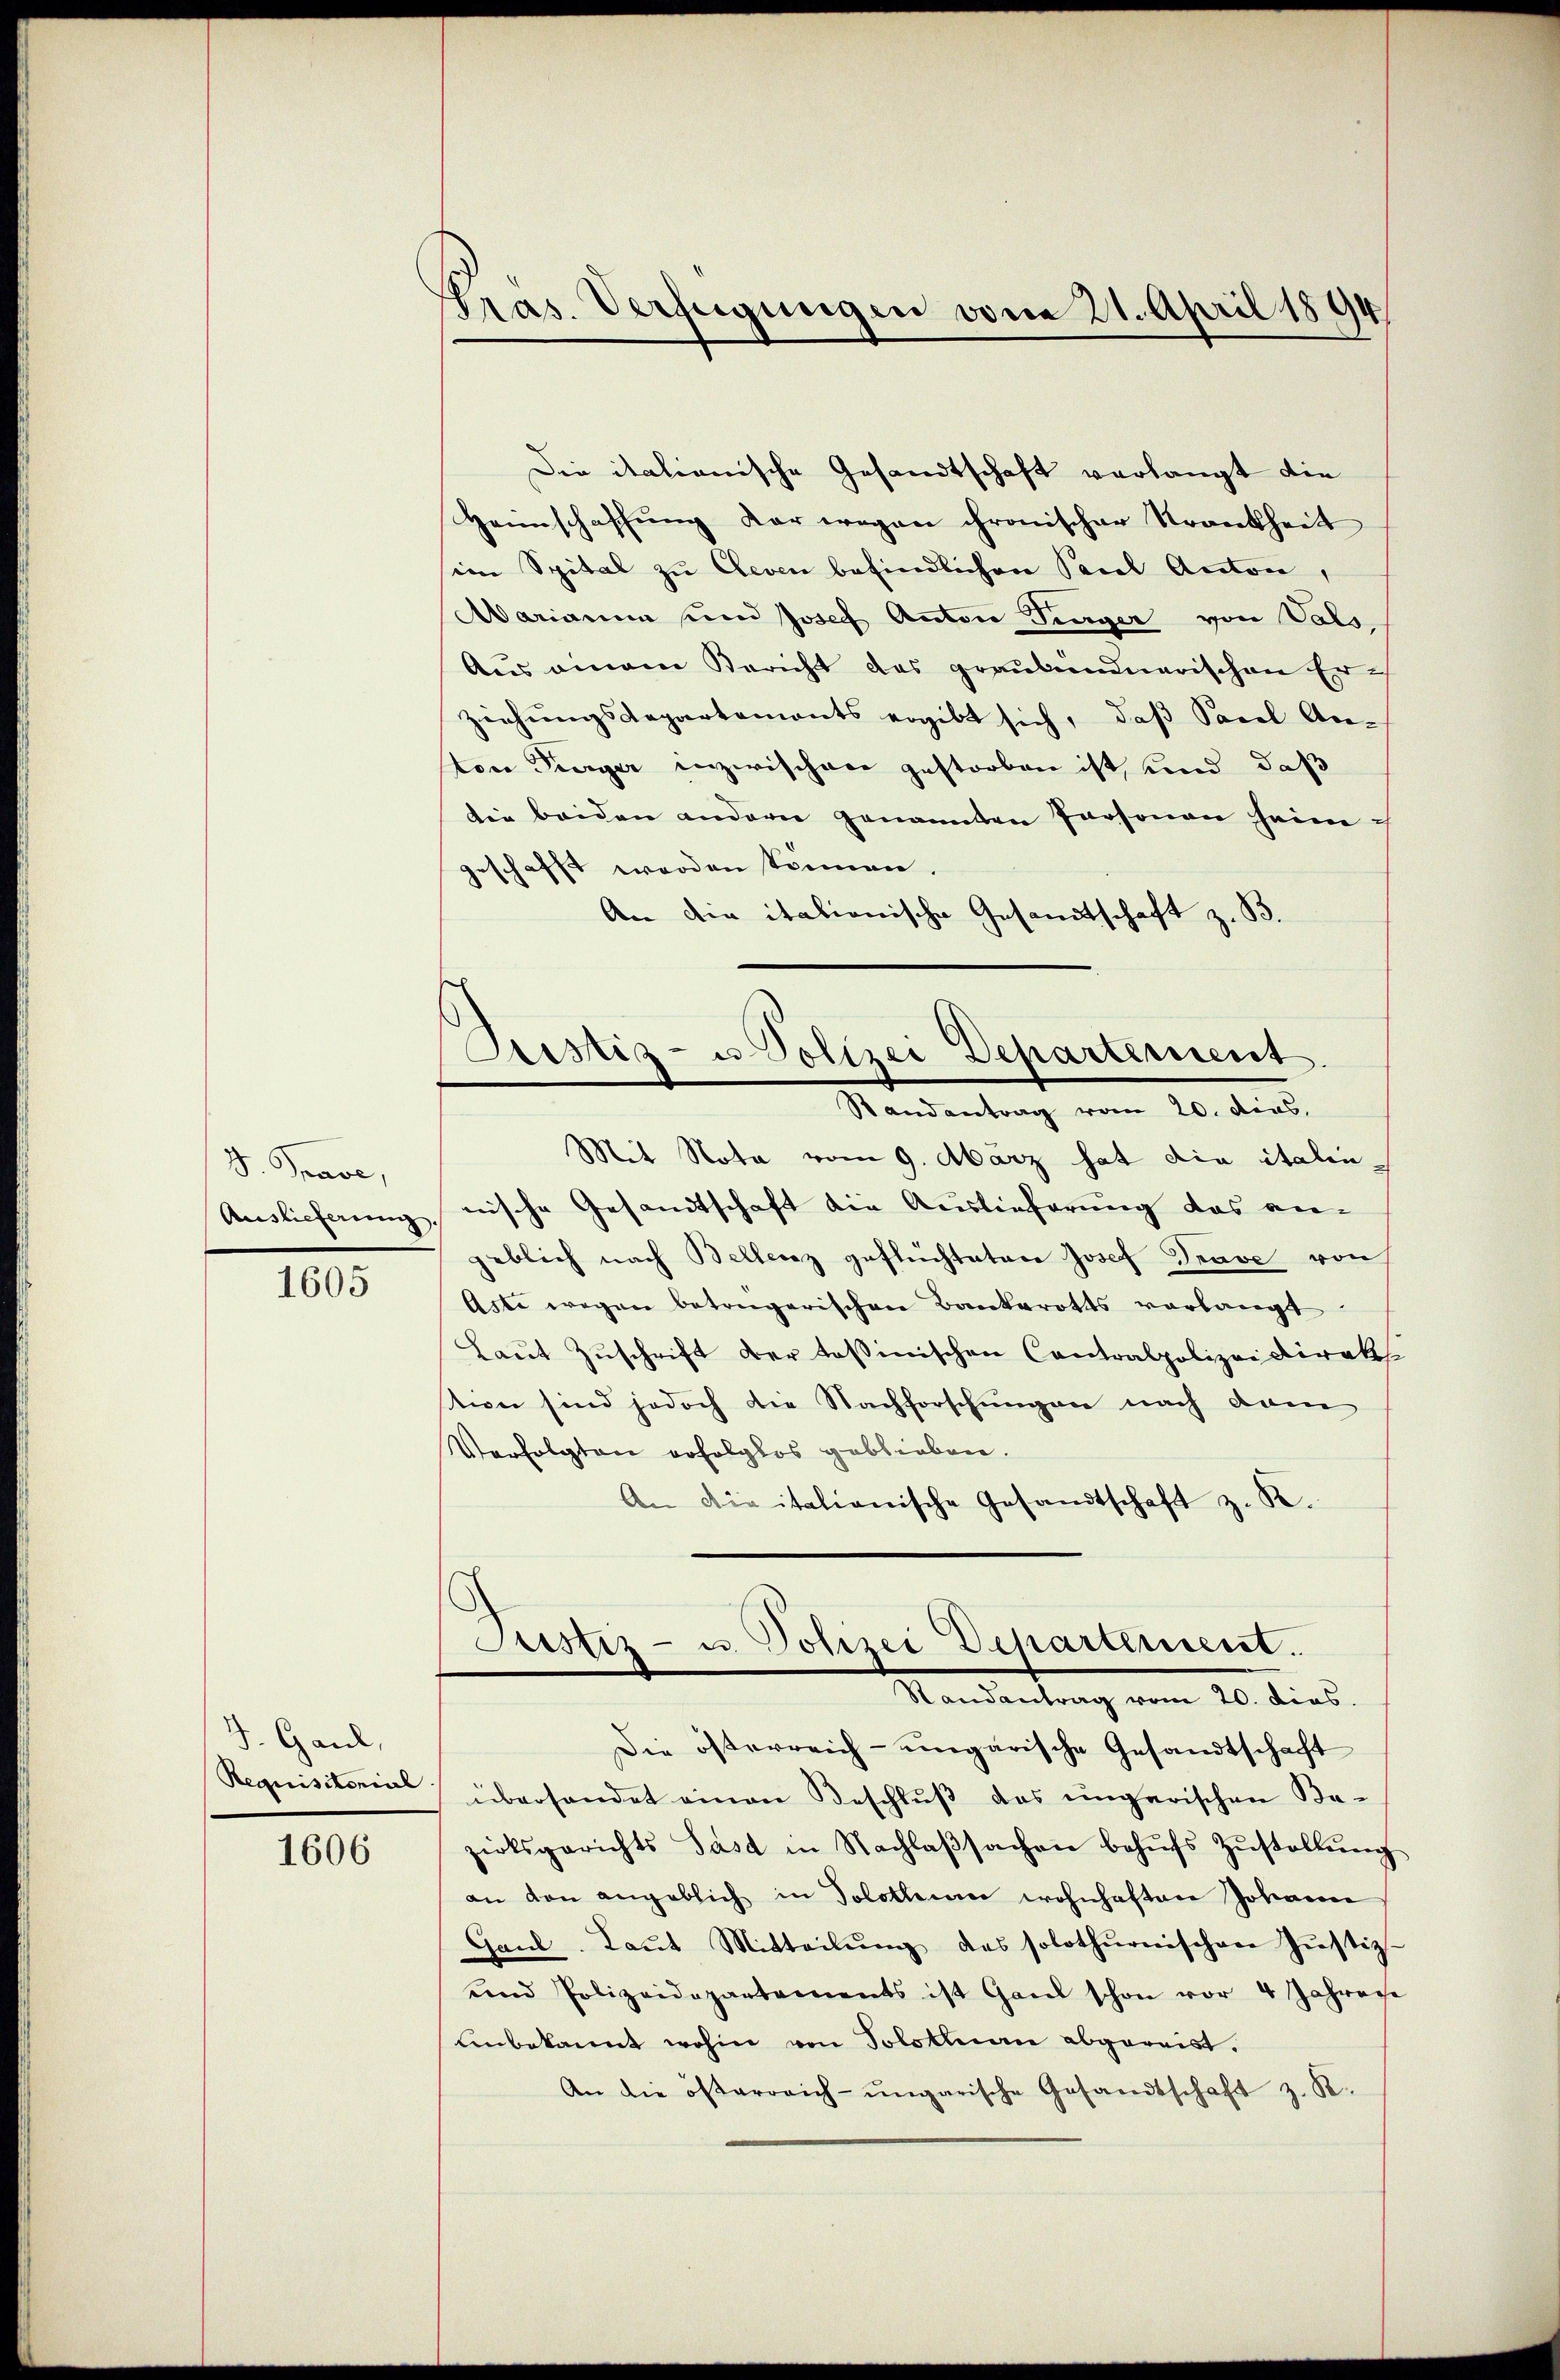
D. Prase,
Auslieferung.
1605

J. Gaul,
Requisitonial

1606

Pras. Verfügungen von 21. April 1894

Die italianische Gesandtschaft verlangt die
Heimschaffung Korwegen chronischer Krankheit
im Spital zu Cleven befindlichen Paul Anton,
Aarianna und Josef Anton Singer von Vals,
Aus einem Bericht des graubündnerischen Erziehungsdepartements ergibt sich, daß Pacel An-
ton Turger inzwischen gestorben ist, und daß
die beiden andern genannten Personen heimgeschafft werden können.
An die itationische Gesandtschaft z. B.

Randantrag vom 20. dies
Mit Nota vom 9. März hat die italin,
nische Gesandtschaft die Auslieferung das an-
geblich nach Bellenz geflüchteten Josef Trave von
Asti wegen betragerischen Bankerotts verlangt
Laŭt Zŭschrift der toßinischen Contralpolizei Direk
tion sind jedoch die Nachforschungen nach dam
Verfolgten erfolglos geblieben.
An die italionische Gesandtschaft z. B.

Pustiz- u. Polizei Departement

Astiz- u. Polizei Departement.
Randantrag vom 20. dies.

Die österreich-ungarische Gesandtschaft
überhandet einen Beschlŭβ das ungarischen Be-
zirksgerichts Past in Nachlaβsachen behŭfs Zŭstellŭng
an den angeblich in Solothurm wohnhaften Johanne
Gaŭd. Laŭt Mitteilŭng des solothurnischen Jŭstiz-
und Polizeidepartements ist Ganz schon vor 4 Jahrese
Unbekannt wohin von Solothurn abgereist.
An die österreich-ungarische Gesandtschaft z. B.